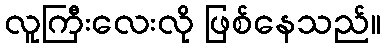
လူကြီးလေးလို ဖြစ်နေသည်။